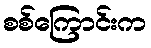
စစ်ကြောင်းက